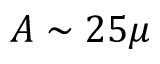
A \sim 2 5 \mu